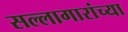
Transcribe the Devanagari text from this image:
सल्लागारांच्या